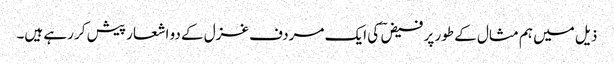
ذیل میں ہم مثال کے طور پر فیض ؔ کی ایک مردف غزل کے دو اشعار پیش کر رہے ہیں۔